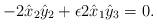
LaTeX: \begin{align*}-2\hat{x}_{2}\hat{y}_{2} + \epsilon 2 \hat{x}_{1} \hat{y}_{3}= 0.\end{align*}